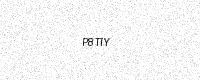
Text: P8TIY